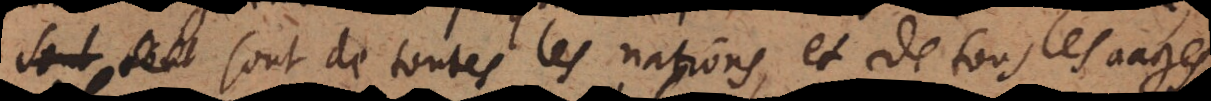
e, sont des toutes les nations et de tous les aages.